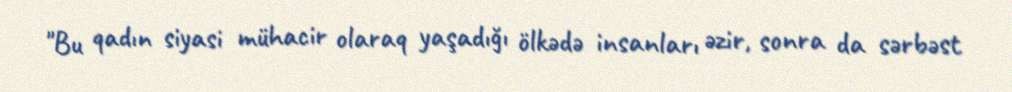
"Bu qadın siyasi mühacir olaraq yaşadığı ölkədə insanları əzir, sonra da sərbəst